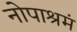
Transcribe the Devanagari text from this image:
नोपाश्रमं